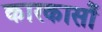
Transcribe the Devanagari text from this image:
कारकासौं